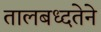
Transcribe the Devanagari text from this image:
तालबध्दतेने